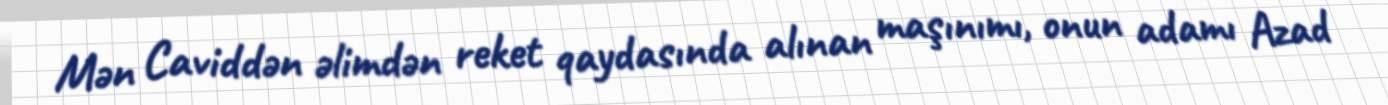
Mən Caviddən əlimdən reket qaydasında alınan maşınımı, onun adamı Azad